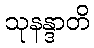
သုနန္ဒာတိ